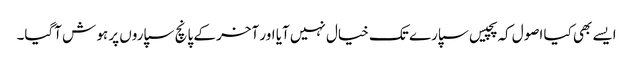
ایسے بھی کیا اصول کہ پچیس سپارے تک خیال نہیں آیا اور آخر کے پانچ سپاروں پر ہو ش آگیا۔